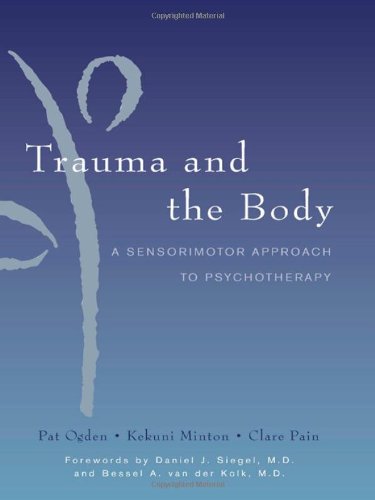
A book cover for Trauma and the Body: A Sensorimotor Approach to Psychotherapy (Norton Series on Interpersonal Neurobiology); Pat Ogden; Medical Books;